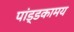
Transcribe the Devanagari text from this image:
पांड्डकामय